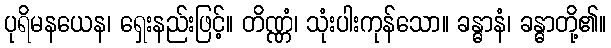
ပုရိမနယေန၊ ရှေးနည်းဖြင့်။ တိဏ္ဏံ၊ သုံးပါးကုန်သော။ ခန္ဓာနံ၊ ခန္ဓာတို့၏။